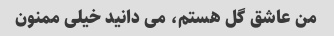
من عاشق گل هستم، می دانید خیلی ممنون